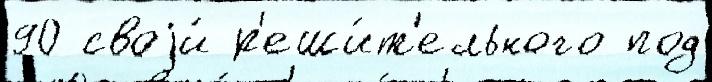
90 своjи́ р'еши́т'ельного под